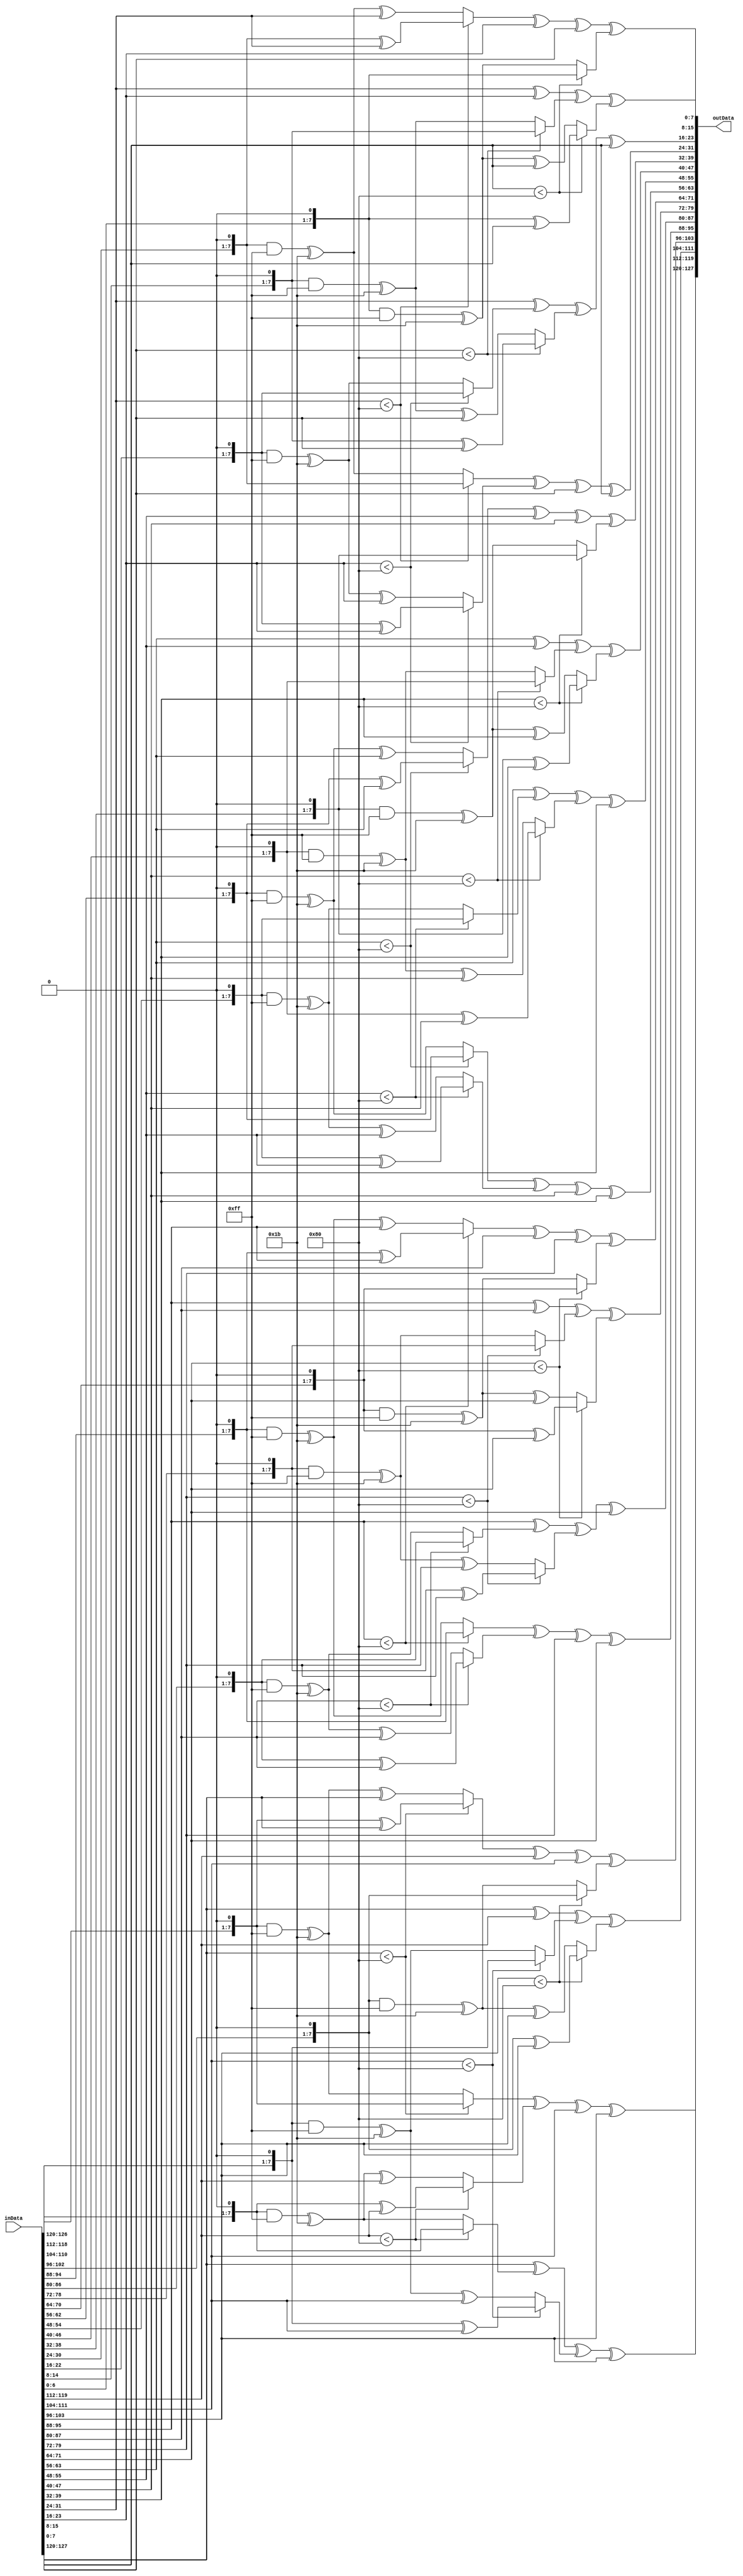
`timescale 1ns / 1ps
//////////////////////////////////////////////////////////////////////////////////
// 
// Module Name:  MixColumns
// Project Name: AES128
//
// Revision: 
// Revision 0.01 - File Created
// Additional Comments: 
//
//Step 1) Takes input of an 128 bit number, inData
//Step 2) Performs matrix multiplication with the hill cipher: can multiply by 1,2 or 3
//Step 3) Calls the mult functio when the matrices are expanded, as we need to account for 
//Step 4) Returns it as outData
//////////////////////////////////////////////////////////////////////////////////
module MixColumns(
	 input [127:0] inData,
	 output [127:0] outData
    );
	 
	 wire [7:0] s0,s1,s2,s3,s4,s5,s6,s7,s8,s9,s10,s11,s12,s13,s14,s15;
	 reg [7:0] t0,t1,t2,t3,t4,t5,t6,t7,t8,t9,t10,t11,t12,t13,t14,t15;
	 
	 assign s0 = inData[7:0];
	 assign s1 = inData[15:8];
	 assign s2 = inData[23:16];
	 assign s3 = inData[31:24];
	 assign s4 = inData[39:32];
	 assign s5 = inData[47:40];
	 assign s6 = inData[55:48];
	 assign s7 = inData[63:56];
	 assign s8 = inData[71:64];
	 assign s9 = inData[79:72];
	 assign s10 = inData[87:80];
	 assign s11 = inData[95:88];
	 assign s12 = inData[103:96];
	 assign s13 = inData[111:104];
	 assign s14 = inData[119:112];
	 assign s15 = inData[127:120];
	 
	 
	 //Step 2
	 always @(*)
	 begin
		  t15 = mult(s15,2) ^ mult(s14,3) ^ s13 ^ s12;
		  t14 = s15 ^ mult(s14,2) ^ mult(s13,3) ^ s12;
		  t13 = s15 ^ s14 ^ mult(s13,2) ^ mult(s12,3);
		  t12 = mult(s15,3) ^ s14 ^ s13 ^ mult(s12,2);
		  
		  t11 = mult(s11,2) ^ mult(s10,3) ^ s9 ^ s8;
		  t10 = s11 ^ mult(s10,2) ^ mult(s9,3) ^ s8;
		  t9 = s11 ^ s10 ^ mult(s9,2) ^ mult(s8,3);
		  t8 = mult(s11,3) ^ s10 ^ s9 ^ mult(s8,2);
		  
		  t7 = mult(s7,2) ^ mult(s6,3) ^ s5 ^ s4;
		  t6 = s7 ^ mult(s6,2) ^ mult(s5,3) ^ s4;
		  t5 = s7 ^ s6 ^ mult(s5,2) ^ mult(s4,3);
		  t4 = mult(s7,3) ^ s6 ^ s5 ^ mult(s4,2);
		  
		  t3 = mult(s3,2) ^ mult(s2,3) ^ s1 ^ s0;
		  t2 = s3 ^ mult(s2,2) ^ mult(s1,3) ^ s0;
		  t1 = s3 ^ s2 ^ mult(s1,2) ^ mult(s0,3);
		  t0 = mult(s3,3) ^ s2 ^ s1 ^ mult(s0,2);
	 end
	 
	 assign outData[7:0] = t0;
	 assign outData[15:8] = t1;
	 assign outData[23:16] = t2;
	 assign outData[31:24] = t3;
	 assign outData[39:32] = t4;
	 assign outData[47:40] = t5;
	 assign outData[55:48] = t6;
	 assign outData[63:56] = t7;
	 assign outData[71:64] = t8;
	 assign outData[79:72] = t9;
	 assign outData[87:80] = t10;
	 assign outData[95:88] = t11;
	 assign outData[103:96] = t12;
	 assign outData[111:104] = t13;
	 assign outData[119:112] = t14;
	 assign outData[127:120] = t15;
	 
	 //Step 3
	 //function to perform the individual matrix multiplications of each element multiplication
	 function [7:0] mult(input[7:0] num1,num2);
		  case(num2)
				//4'd1: mult = num1;
				//for the case that num2 is either 2 or 3, we need to account for the use of Irreducible Polynomial Theorem
				//e.g. in the case of numbers greater than 8 bits, e.g. 1100 0000 shifted into 1 1000 0000, then the 1 in the 9th digit slot should be subsituted to be 0001 1011 or 1b
				//we AND with 8'hff to remove any digits at positions more than the 8th bit
				4'd2: mult = (num1<8'h80)? num1 << 1 : ((num1<<1)&8'hff) ^ 8'h1b;
				4'd3: mult = (num1<8'h80)? num1 << 1^num1 : ((num1<<1)&8'hff) ^ 8'h1b ^ num1;
		  endcase
	 endfunction

endmodule